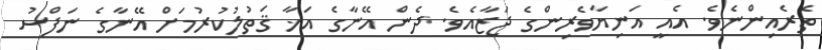
ތެރެއިންނެވެ. އެއީ އަނިޔާވެރިންގެ ޖަޒާއެވެ. ދެން އޭނާގެ އަޚާ ޤަތުލުކުރުމަށް އޭނާގެ ނަފްސު